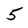
Character: 5